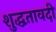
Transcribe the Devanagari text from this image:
शुद्धतावदी